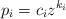
LaTeX: \begin{align*}p_i=c_i z^{k_i}\end{align*}